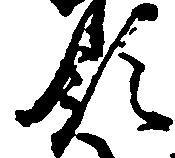
領